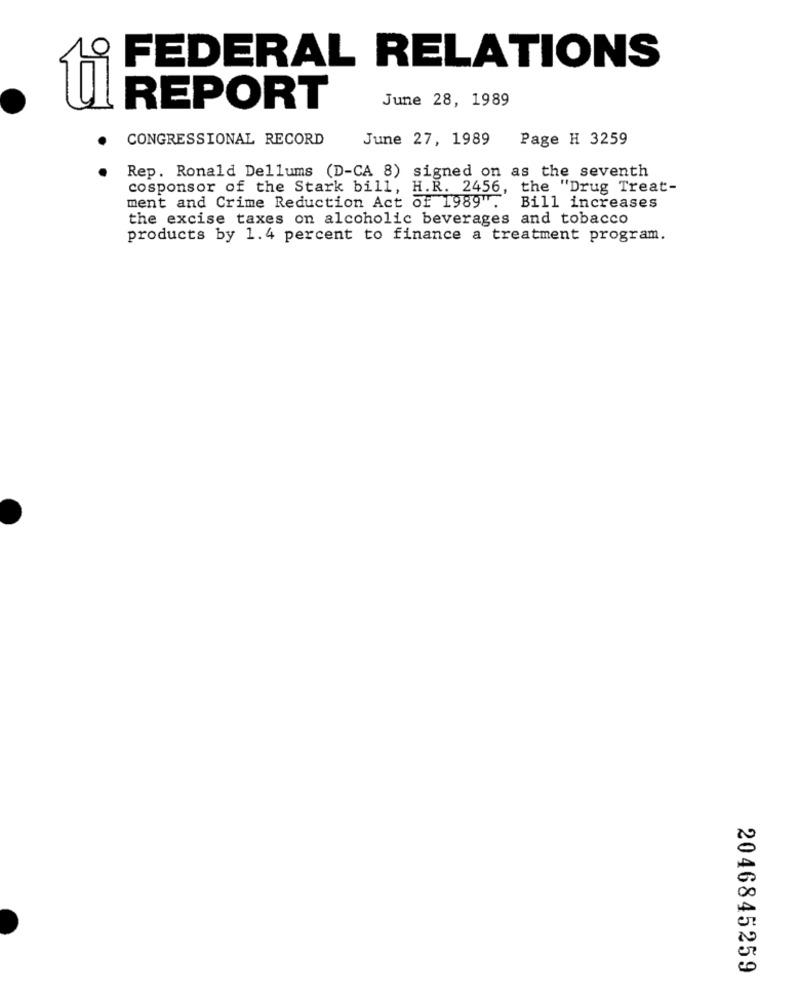
FEDERAL RELATIONS
June 28, 1989
REPORT
CONGRESSIONAL RECORD
June 27, 1989
Page H 3259
Rep. Ronald Dellums (D-CA 8) signed on as the seventh
cosponsor of the Stark bill, H.R. 2456, the "Drug Treat-
ment and Crime Reduction Act of 1989".
Bill increases
the excise taxes on alcoholic beverages and tobacco
products by 1.4 percent to finance a treatment program.
2046845259